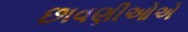
છાવણીઓએ